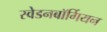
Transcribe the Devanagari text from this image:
स्वेडनबॉर्गियन